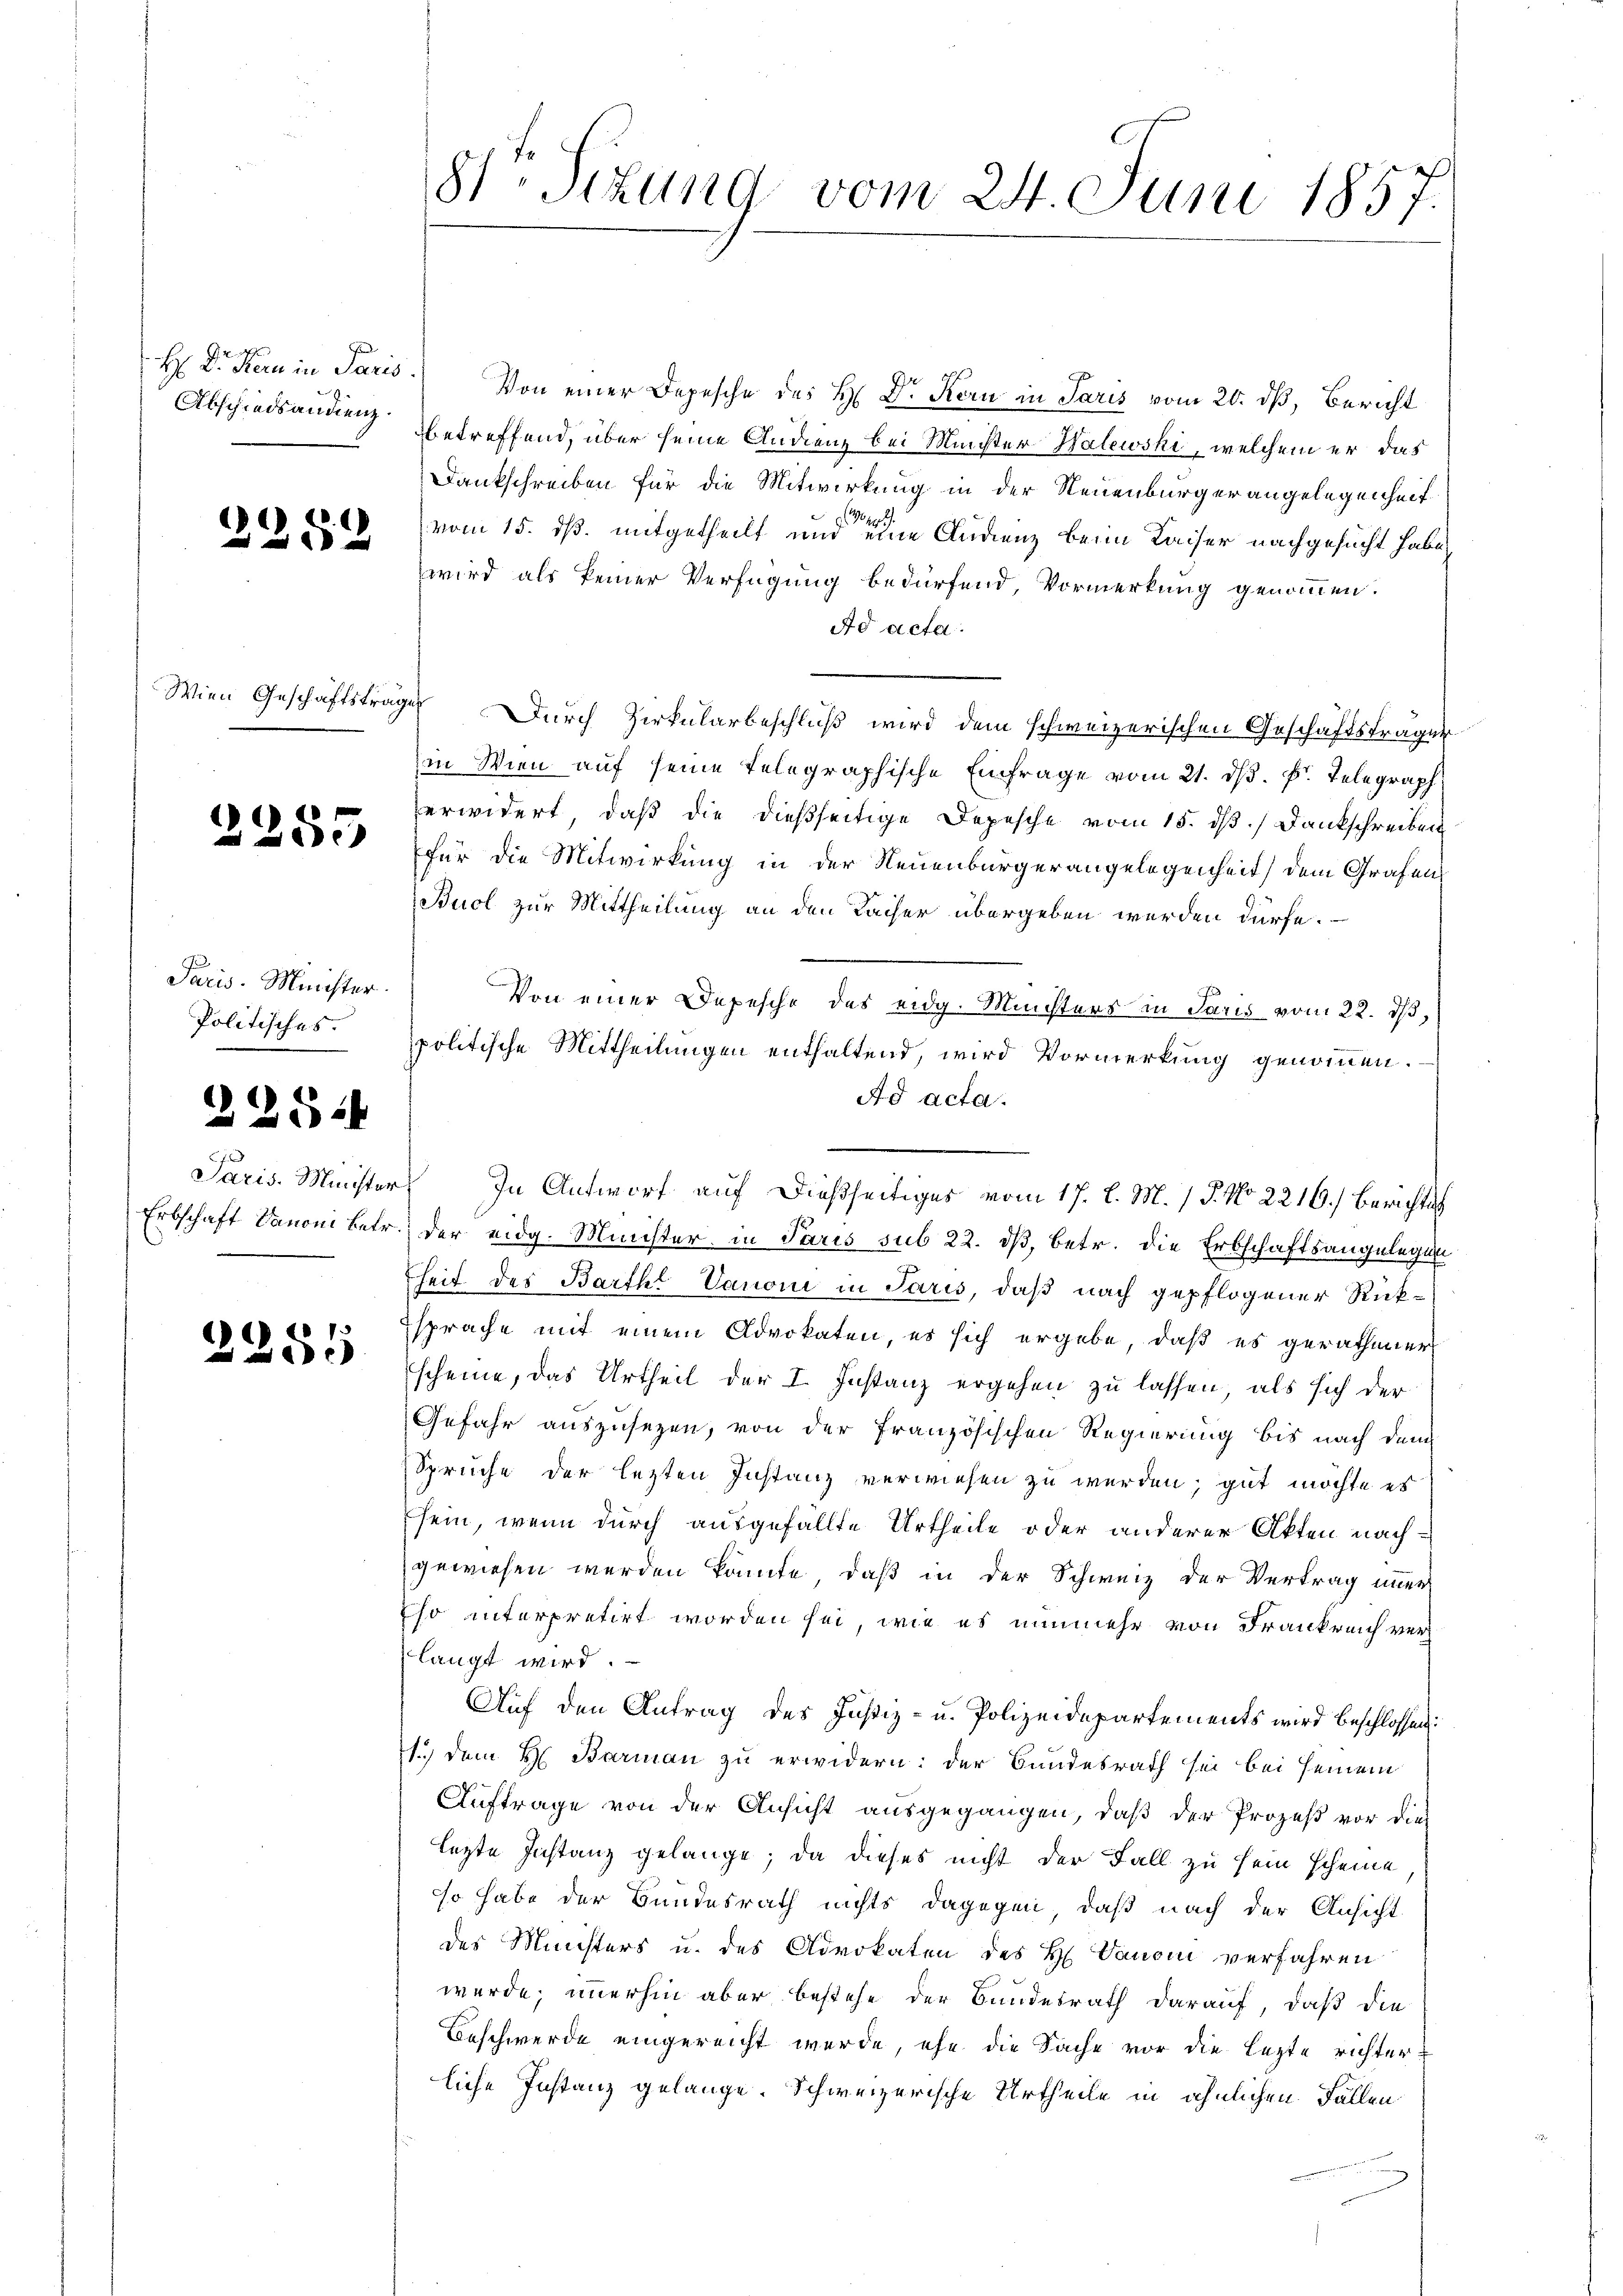
Abschiedsandienz.

2252

Wien Geschäftsträgen

2255

Paris. Minister.
Politisches.

2254

2285

81. Sitzung vom 24. Juni 1857.

H. Dr. Kern in Paris.) Von einer Depesche des H. Dr Korn in Paris vom 20. dß, Bericht
betreffend, über seine Audienz bei Minister Halewski, welchem er das
Dankschreiben für die Mitwirkung in der Neuenburger angelegenheit
104
vom 15. ds. mitgetheilt und eine Andenz beim Kaiser nachgesucht habe,
wird als keiner Verfügung bedürfend, Vormerkung genommen.
Ad acta.
Durch Zirkularbeschluß wird dem schweizerischen Geschäftsträger
in Wien auf seine telegraphische Einfrage vom 21. dß. pr. Telegraph
verwidert, daß die dießseitige Depesche vom 15. ds. Dankschreiben
für die Mitwirkung in der Neuenburgerangelegenheit) dem Grafen
Buol zur Mittheilung an den Racher übergeben werden dürfe.
Von einer Depesche des eidg. Ministers in Paris vom 22. d,
politische Mittheilungen enthaltend, wird Vormerkung genommen.
Ad acta.
Erbschaft Vanoni betr. der eidg. Minister in Paris sub 22. dß, betr. die Erbschaftsangelegun
heit des Barth Vanoni in Paris, daß nach gepflogener Rücksprache mit einem Advokaten, es sich ergebe, daß es gerathener
scheine, das Urtheil der I. Instanz ergehen zu lassen, als sich der
Gefahr auszusezen, von der Französischen Regierung bis nach dem
Spruche der lezten Instanz verwiesen zu werden, gut möchte es
sein, wenn durch ausgefällte Urtheile oder anderer Akten nachgewiesen werden könnte, daß in der Schweiz der Vertrag immer
Eso interpretirt worden sei, wie es nunmehr von Frankreich verlangt wird.
Auf den Antrag des Justiz- u. Polizeidepartements wird beschlossen:
1.) Dem H. Barman zu erwidern: der Bundesrath sei bei seinem
Auftrage von der Ansicht ausgegangen, daß der Prozeß vor dies
lezte Instanz gelange; da dieses nicht der Fall zu sein scheine
so habe der Bundesrath nichts dagegen, daß nach der Ansicht
des Ministers u. des Advokaten des H. Vanoni verfahren
werde; immerhin aber bestehe der Bundesrath darauf, daß die
Beschwerde eingereicht wurde, ehe die Sache vor die lezte richterliche Instanz gelange. Schweizerische Urtheile in ähnlichen Fällen

Paris Minister, In Antwort auf dießseitiges vom 17. d. M. 15. No 2216.) Berichtes